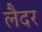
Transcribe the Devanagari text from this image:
लैदर